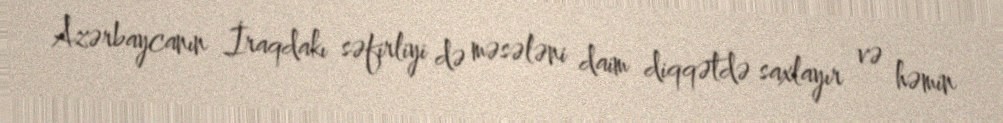
Azərbaycanın İraqdakı səfirliyi də məsələni daim diqqətdə saxlayır və həmin